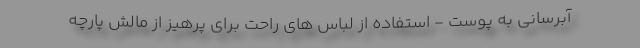
آبرسانی به پوست - استفاده از لباس های راحت برای پرهیز از مالش پارچه